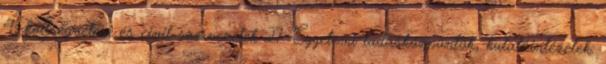
4, költségvetési és civil szervezetek 27. Egyetemi tudásközpontok, kutatóintézetek: